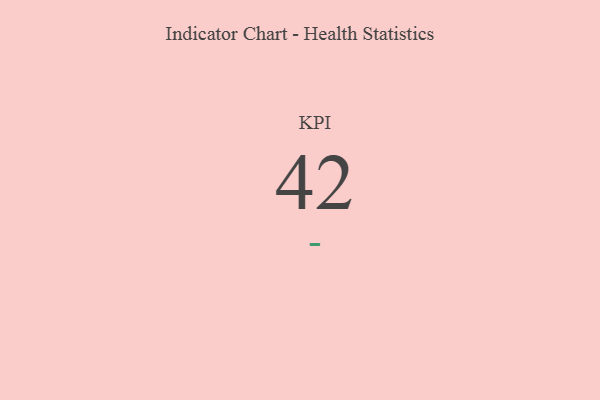
{"axis": {"x": "KPI", "y": "Value"}, "legend": [""], "data": [{"x": "KPI", "y": 42, "type": ""}]}